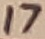
Text: 17